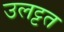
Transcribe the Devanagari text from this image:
उलट्टत